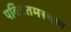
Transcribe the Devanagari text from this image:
पवित्रतमस्थान